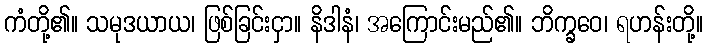
ကံတို့၏။ သမုဒယာယ၊ ဖြစ်ခြင်းငှာ။ နိဒါနံ၊ အကြောင်းမည်၏။ ဘိက္ခဝေ၊ ရဟန်းတို့။